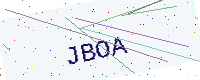
Text: JBOA